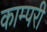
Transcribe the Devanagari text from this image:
काम्परी